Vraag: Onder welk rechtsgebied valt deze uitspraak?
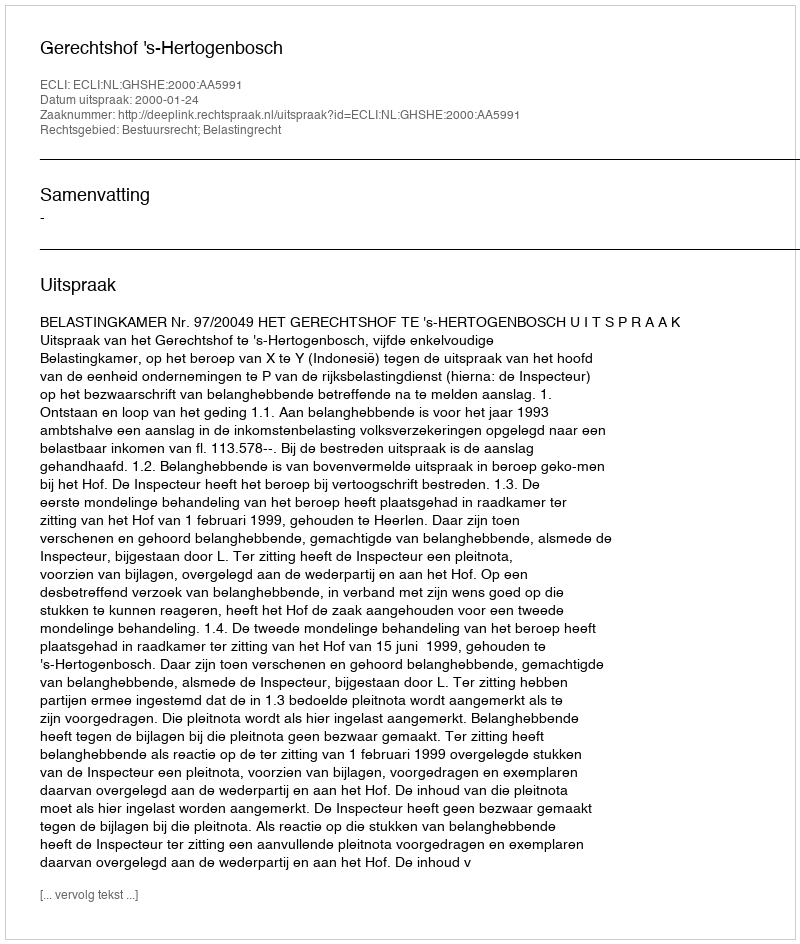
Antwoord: Bestuursrecht; Belastingrecht